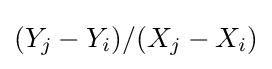
(Y_{j}-Y_{i})/(X_{j}-X_{i})